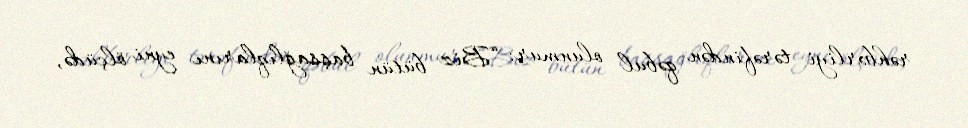
rəhbərliyi tərəfindən qəbul olunmur: “Biz bütün başsağlıqlarını eyni ölçüdə,